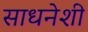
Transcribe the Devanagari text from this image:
साधनेशी